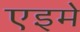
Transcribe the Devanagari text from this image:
एइमे